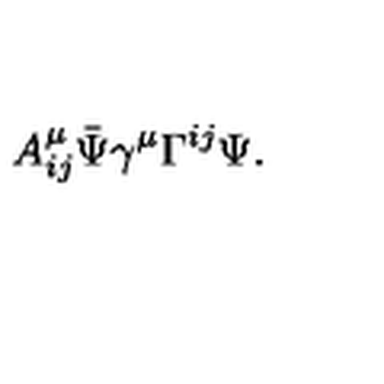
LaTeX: A _ { i j } ^ { \mu } \bar { \Psi } \gamma ^ { \mu } \Gamma ^ { i j } \Psi .